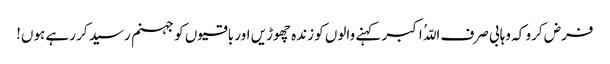
فرض کرو کہ وہابی صرف اللّہُ اکبر کہنے والوں کو زندہ چھوڑیں اور باقیوں کو جہنم رسید کر رہے ہوں!